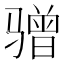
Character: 𫘯